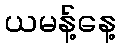
ယမန့်နေ့